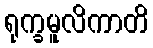
ရုက္ခမူလိကာတိ